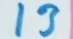
13